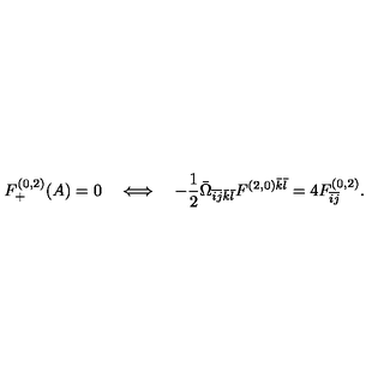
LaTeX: F _ { + } ^ { ( 0 , 2 ) } ( A ) = 0 \quad \Longleftrightarrow \quad - \frac { 1 } { 2 } \bar { \Omega } _ { \bar { i } \bar { j } \bar { k } \bar { l } } F ^ { ( 2 , 0 ) \bar { k } \bar { l } } = 4 F _ { \bar { i } \bar { j } } ^ { ( 0 , 2 ) } .